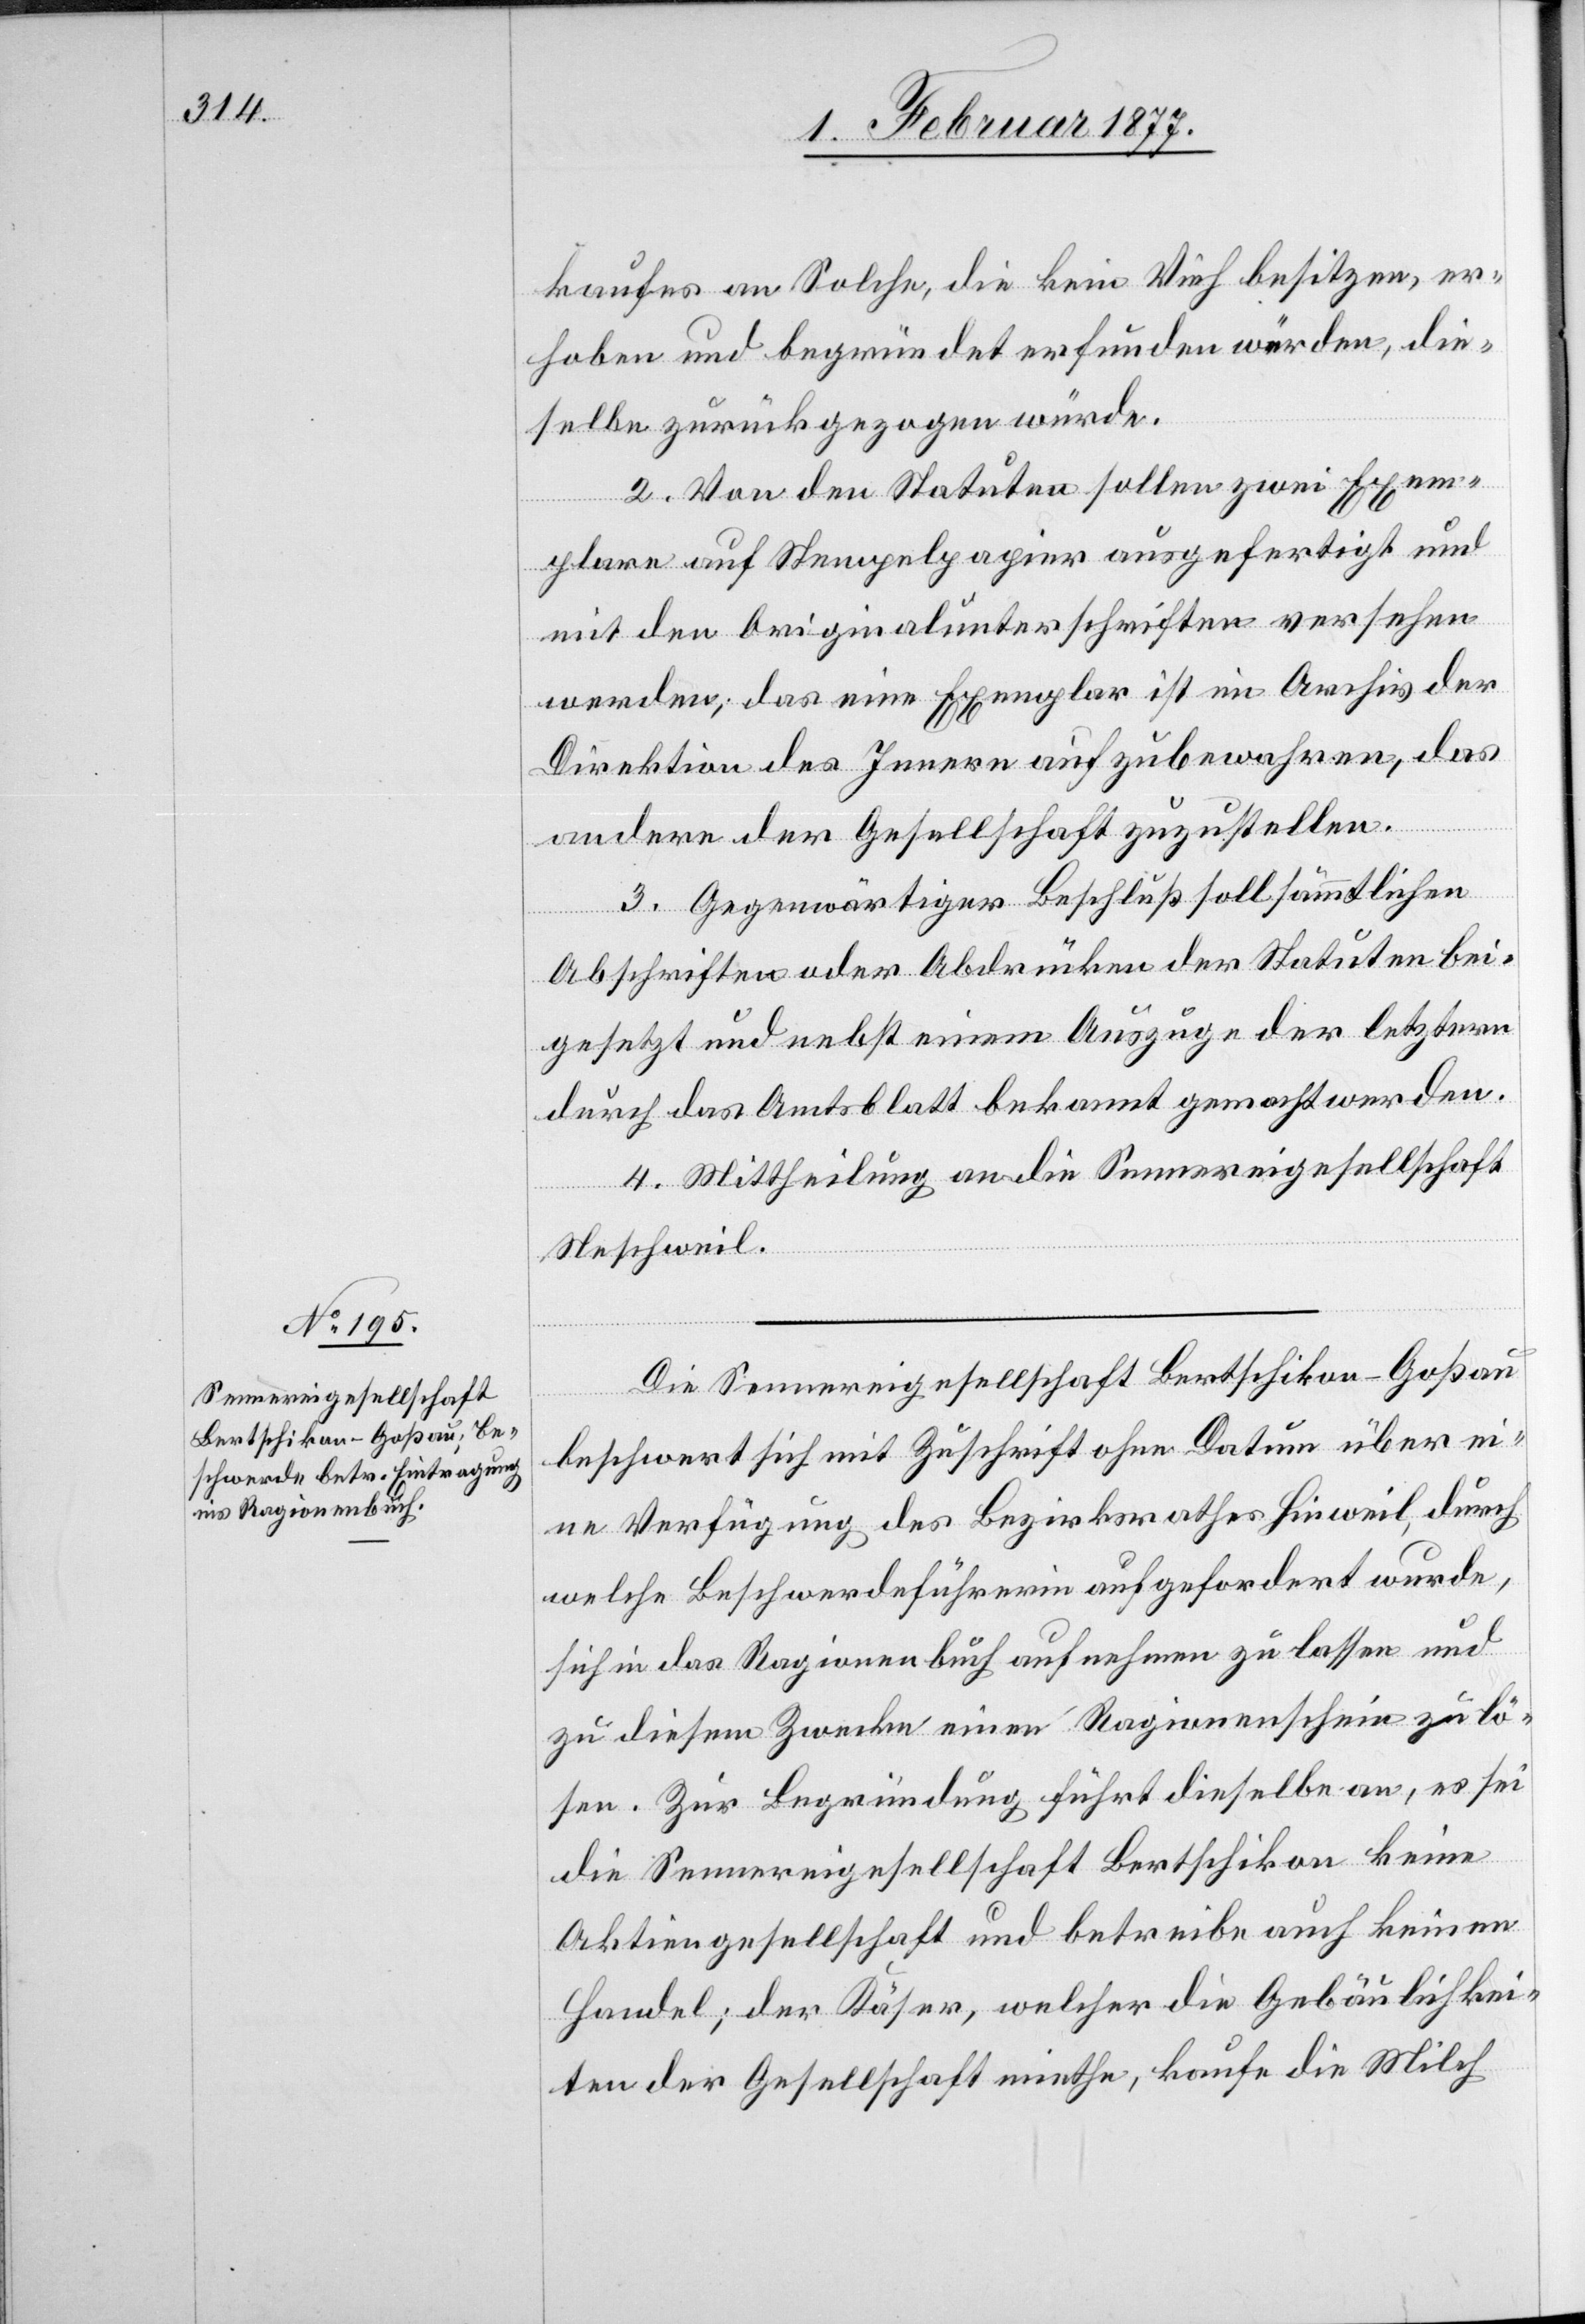
kaufes an Solche, die kein Vieh besitzen, er¬
hoben und begründet gefunden würden, die¬
selbe zurückgezogen würde.
2. Von den Statuten sollen zwei Exem¬
plare auf Stempelpapier ausgefertigt und
mit den Originalunterschriften versehen
werden; das eine Exemplar ist im Archiv der
Direktion des Innern aufzubewahren, das
andere der Gesellschaft zuzustellen.
3. Gegenwärtiger Beschluß soll sämmtlichen
Abschriften oder Abdrucken der Statuten bei¬
gesetzt und nebst einem Auszuge der letztern
durch das Amtsblatt bekannt gemacht werden.
4. Mittheilung an die Sennereigesellschaft
Neschweil.
Die Sennereigesellschaft Bertschikon-Goßau
beschwert sich mit Zuschrift ohne Datum über ei¬
ne Verfügung des Bezirksrathes Hinweil, durch
welche Beschwerdeführerin aufgefordert wurde,
sich in das Ragionenbuch aufnehmen zu lassen und
zu diesem Zwecke einen Ragionenschein zu lö¬
sen. Zur Begründung führt dieselbe an, es sei
die Sennereigesellschaft Bertschikon keine
Aktiengesellschaft und betreibe auch keinen
Handel; der Käser, welcher die Gebäulichkei¬
ten der Gesellschaft miethe, kaufe die Milch